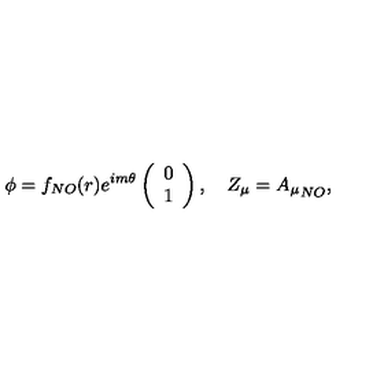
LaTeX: \phi = f _ { N O } ( r ) e ^ { i m \theta } \left( \begin{array} { c } { 0 } \\ { 1 } \\ \end{array} \right) , \quad Z _ { \mu } = { A _ { \mu } } _ { N O } ,